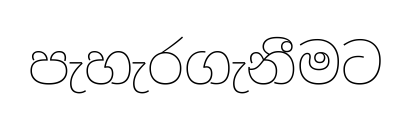
පැහැරගැනීමට